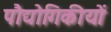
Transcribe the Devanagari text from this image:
पौद्योगिकीयों